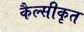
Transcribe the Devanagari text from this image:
कैल्सीकृत